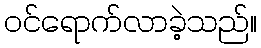
ဝင်ရောက်လာခဲ့သည်။